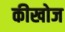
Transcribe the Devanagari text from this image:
कीखोज